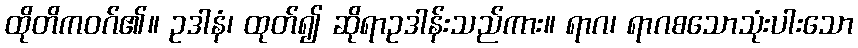
ထိုတိကဝဂ်၏။ ဥဒါနံ၊ ထုတ်၍ ဆိုရာဥဒါန်းသည်ကား။ ရာဂ၊ ရာဂစသောသုံးပါးသော